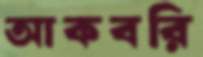
আকবরি